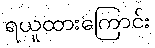
ရယူထားကြောင်း